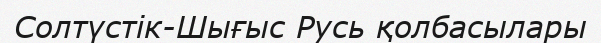
Солтүстік-Шығыс Русь қолбасылары